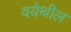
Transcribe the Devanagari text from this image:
वयेथील